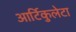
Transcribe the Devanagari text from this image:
आर्टिकुलेटा